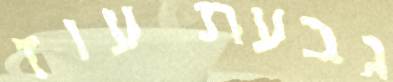
גבעת עוז